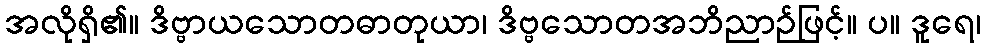
အလိုရှိ၏။ ဒိဗ္ဗာယသောတဓာတုယာ၊ ဒိဗ္ဗသောတအဘိညာဉ်ဖြင့်။ ပ။ ဒူရေ၊